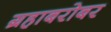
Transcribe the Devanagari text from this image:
ग्रहाबरोबर